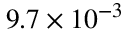
9 . 7 \times 1 0 ^ { - 3 }